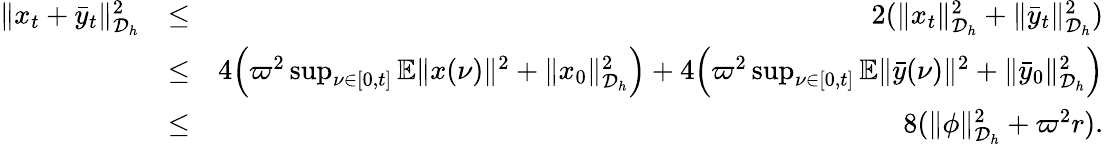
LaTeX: \begin{array}{rlr}{\| x_{t}+\bar{y}_{t}\| _{{\cal D}_{h}}^{2}}&{\leq}&{2(\| x_{t}\| _{{\cal D}_{h}}^{2}+\| \bar{y}_{t}\| _{{\cal D}_{h}}^{2})}\\ &{\leq}&{4\Big(\varpi^{2}\operatorname*{sup}_{\nu\in[0,t]}\mathbb{E}\| x(\nu)\| ^{2}+\| x_{0}\| _{{\cal D}_{h}}^{2}\Big)+4\Big(\varpi^{2}\operatorname*{sup}_{\nu\in[0,t]}\mathbb{E}\| \bar{y}(\nu)\| ^{2}+\| \bar{y}_{0}\| _{{\cal D}_{h}}^{2}\Big)}\\ &{\leq}&{8(\| \phi\| _{{\cal D}_{h}}^{2}+\varpi^{2}r).}\end{array}